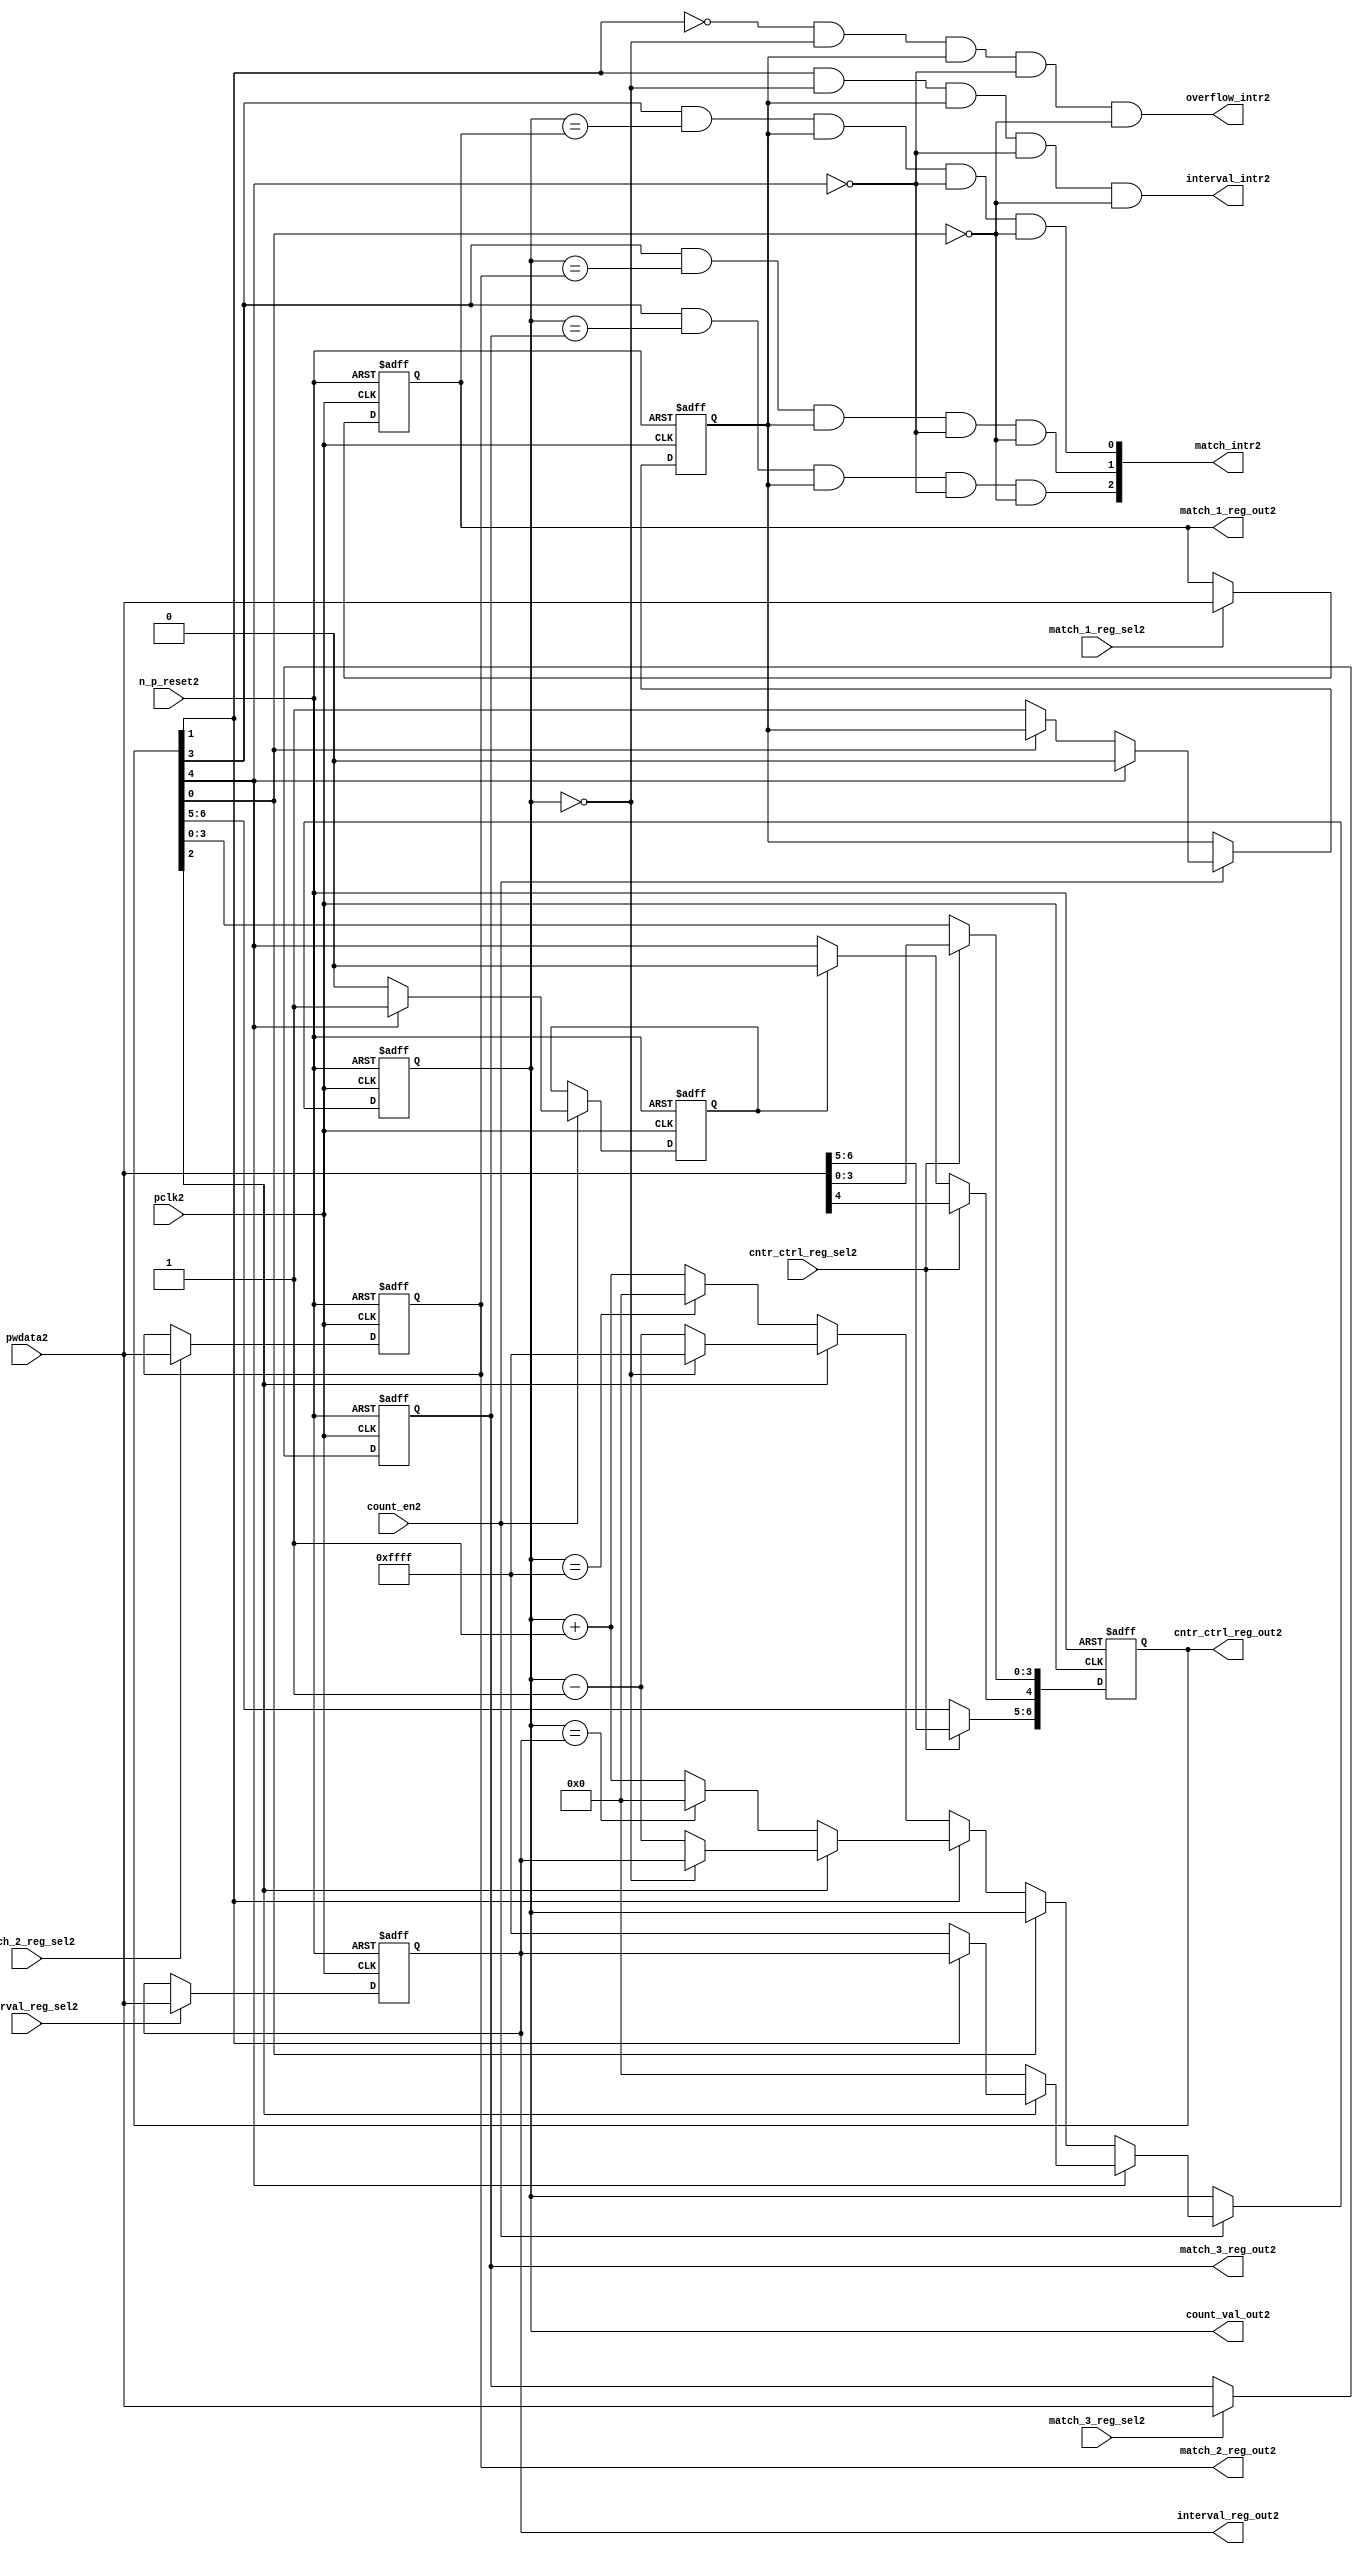
//File2 name   : ttc_counter_lite2.v
//Title2       : 
//Created2     : 1999
//Description2 :The counter can increment and decrement.
//   In increment mode instead of counting2 to its full 16 bit
//   value the counter counts2 up to or down from a programmed2 interval2 value.
//   Interrupts2 are issued2 when the counter overflows2 or reaches2 it's interval2
//   value. In match mode if the count value equals2 that stored2 in one of three2
//   match registers an interrupt2 is issued2.
//Notes2       : 
//----------------------------------------------------------------------
//   Copyright2 1999-2010 Cadence2 Design2 Systems2, Inc2.
//   All Rights2 Reserved2 Worldwide2
//
//   Licensed2 under the Apache2 License2, Version2 2.0 (the
//   "License2"); you may not use this file except2 in
//   compliance2 with the License2.  You may obtain2 a copy of
//   the License2 at
//
//       http2://www2.apache2.org2/licenses2/LICENSE2-2.0
//
//   Unless2 required2 by applicable2 law2 or agreed2 to in
//   writing, software2 distributed2 under the License2 is
//   distributed2 on an "AS2 IS2" BASIS2, WITHOUT2 WARRANTIES2 OR2
//   CONDITIONS2 OF2 ANY2 KIND2, either2 express2 or implied2.  See
//   the License2 for the specific2 language2 governing2
//   permissions2 and limitations2 under the License2.
//----------------------------------------------------------------------
//


module ttc_counter_lite2(

  //inputs2
  n_p_reset2,    
  pclk2,          
  pwdata2,              
  count_en2,
  cntr_ctrl_reg_sel2, 
  interval_reg_sel2,
  match_1_reg_sel2,
  match_2_reg_sel2,
  match_3_reg_sel2,         

  //outputs2    
  count_val_out2,
  cntr_ctrl_reg_out2,
  interval_reg_out2,
  match_1_reg_out2,
  match_2_reg_out2,
  match_3_reg_out2,
  interval_intr2,
  match_intr2,
  overflow_intr2

);


//--------------------------------------------------------------------
// PORT DECLARATIONS2
//--------------------------------------------------------------------

   //inputs2
   input          n_p_reset2;         //reset signal2
   input          pclk2;              //System2 Clock2
   input [15:0]   pwdata2;            //6 Bit2 data signal2
   input          count_en2;          //Count2 enable signal2
   input          cntr_ctrl_reg_sel2; //Select2 bit for ctrl_reg2
   input          interval_reg_sel2;  //Interval2 Select2 Register
   input          match_1_reg_sel2;   //Match2 1 Select2 register
   input          match_2_reg_sel2;   //Match2 2 Select2 register
   input          match_3_reg_sel2;   //Match2 3 Select2 register

   //outputs2
   output [15:0]  count_val_out2;        //Value for counter reg
   output [6:0]   cntr_ctrl_reg_out2;    //Counter2 control2 reg select2
   output [15:0]  interval_reg_out2;     //Interval2 reg
   output [15:0]  match_1_reg_out2;      //Match2 1 register
   output [15:0]  match_2_reg_out2;      //Match2 2 register
   output [15:0]  match_3_reg_out2;      //Match2 3 register
   output         interval_intr2;        //Interval2 interrupt2
   output [3:1]   match_intr2;           //Match2 interrupt2
   output         overflow_intr2;        //Overflow2 interrupt2

//--------------------------------------------------------------------
// Internal Signals2 & Registers2
//--------------------------------------------------------------------

   reg [6:0]      cntr_ctrl_reg2;     // 5-bit Counter2 Control2 Register
   reg [15:0]     interval_reg2;      //16-bit Interval2 Register 
   reg [15:0]     match_1_reg2;       //16-bit Match_12 Register
   reg [15:0]     match_2_reg2;       //16-bit Match_22 Register
   reg [15:0]     match_3_reg2;       //16-bit Match_32 Register
   reg [15:0]     count_val2;         //16-bit counter value register
                                                                      
   
   reg            counting2;          //counter has starting counting2
   reg            restart_temp2;   //ensures2 soft2 reset lasts2 1 cycle    
   
   wire [6:0]     cntr_ctrl_reg_out2; //7-bit Counter2 Control2 Register
   wire [15:0]    interval_reg_out2;  //16-bit Interval2 Register 
   wire [15:0]    match_1_reg_out2;   //16-bit Match_12 Register
   wire [15:0]    match_2_reg_out2;   //16-bit Match_22 Register
   wire [15:0]    match_3_reg_out2;   //16-bit Match_32 Register
   wire [15:0]    count_val_out2;     //16-bit counter value register

//-------------------------------------------------------------------
// Assign2 output wires2
//-------------------------------------------------------------------

   assign cntr_ctrl_reg_out2 = cntr_ctrl_reg2;    // 7-bit Counter2 Control2
   assign interval_reg_out2  = interval_reg2;     // 16-bit Interval2
   assign match_1_reg_out2   = match_1_reg2;      // 16-bit Match_12
   assign match_2_reg_out2   = match_2_reg2;      // 16-bit Match_22 
   assign match_3_reg_out2   = match_3_reg2;      // 16-bit Match_32 
   assign count_val_out2     = count_val2;        // 16-bit counter value
   
//--------------------------------------------------------------------
// Assigning2 interrupts2
//--------------------------------------------------------------------

   assign interval_intr2 =  cntr_ctrl_reg2[1] & (count_val2 == 16'h0000)
      & (counting2) & ~cntr_ctrl_reg2[4] & ~cntr_ctrl_reg2[0];
   assign overflow_intr2 = ~cntr_ctrl_reg2[1] & (count_val2 == 16'h0000)
      & (counting2) & ~cntr_ctrl_reg2[4] & ~cntr_ctrl_reg2[0];
   assign match_intr2[1]  =  cntr_ctrl_reg2[3] & (count_val2 == match_1_reg2)
      & (counting2) & ~cntr_ctrl_reg2[4] & ~cntr_ctrl_reg2[0];
   assign match_intr2[2]  =  cntr_ctrl_reg2[3] & (count_val2 == match_2_reg2)
      & (counting2) & ~cntr_ctrl_reg2[4] & ~cntr_ctrl_reg2[0];
   assign match_intr2[3]  =  cntr_ctrl_reg2[3] & (count_val2 == match_3_reg2)
      & (counting2) & ~cntr_ctrl_reg2[4] & ~cntr_ctrl_reg2[0];


//    p_reg_ctrl2: Process2 to write to the counter control2 registers
//    cntr_ctrl_reg2 decode:  0 - Counter2 Enable2 Active2 Low2
//                           1 - Interval2 Mode2 =1, Overflow2 =0
//                           2 - Decrement2 Mode2
//                           3 - Match2 Mode2
//                           4 - Restart2
//                           5 - Waveform2 enable active low2
//                           6 - Waveform2 polarity2
   
   always @ (posedge pclk2 or negedge n_p_reset2)
   begin: p_reg_ctrl2  // Register writes
      
      if (!n_p_reset2)                                   
      begin                                     
         cntr_ctrl_reg2 <= 7'b0000001;
         interval_reg2  <= 16'h0000;
         match_1_reg2   <= 16'h0000;
         match_2_reg2   <= 16'h0000;
         match_3_reg2   <= 16'h0000;  
      end    
      else 
      begin
         if (cntr_ctrl_reg_sel2)
            cntr_ctrl_reg2 <= pwdata2[6:0];
         else if (restart_temp2)
            cntr_ctrl_reg2[4]  <= 1'b0;    
         else 
            cntr_ctrl_reg2 <= cntr_ctrl_reg2;             

         interval_reg2  <= (interval_reg_sel2) ? pwdata2 : interval_reg2;
         match_1_reg2   <= (match_1_reg_sel2)  ? pwdata2 : match_1_reg2;
         match_2_reg2   <= (match_2_reg_sel2)  ? pwdata2 : match_2_reg2;
         match_3_reg2   <= (match_3_reg_sel2)  ? pwdata2 : match_3_reg2;   
      end
      
   end  //p_reg_ctrl2

   
//    p_cntr2: Process2 to increment or decrement the counter on receiving2 a 
//            count_en2 signal2 from the pre_scaler2. Count2 can be restarted2
//            or disabled and can overflow2 at a specified interval2 value.
   
   
   always @ (posedge pclk2 or negedge n_p_reset2)
   begin: p_cntr2   // Counter2 block

      if (!n_p_reset2)     //System2 Reset2
      begin                     
         count_val2 <= 16'h0000;
         counting2  <= 1'b0;
         restart_temp2 <= 1'b0;
      end
      else if (count_en2)
      begin
         
         if (cntr_ctrl_reg2[4])     //Restart2
         begin     
            if (~cntr_ctrl_reg2[2])  
               count_val2         <= 16'h0000;
            else
            begin
              if (cntr_ctrl_reg2[1])
                 count_val2         <= interval_reg2;     
              else
                 count_val2         <= 16'hFFFF;     
            end
            counting2       <= 1'b0;
            restart_temp2   <= 1'b1;

         end
         else 
         begin
            if (!cntr_ctrl_reg2[0])          //Low2 Active2 Counter2 Enable2
            begin

               if (cntr_ctrl_reg2[1])  //Interval2               
                  if (cntr_ctrl_reg2[2])  //Decrement2        
                  begin
                     if (count_val2 == 16'h0000)
                        count_val2 <= interval_reg2;  //Assumed2 Static2
                     else
                        count_val2 <= count_val2 - 16'h0001;
                  end
                  else                   //Increment2
                  begin
                     if (count_val2 == interval_reg2)
                        count_val2 <= 16'h0000;
                     else           
                        count_val2 <= count_val2 + 16'h0001;
                  end
               else    
               begin  //Overflow2
                  if (cntr_ctrl_reg2[2])   //Decrement2
                  begin
                     if (count_val2 == 16'h0000)
                        count_val2 <= 16'hFFFF;
                     else           
                        count_val2 <= count_val2 - 16'h0001;
                  end
                  else                    //Increment2
                  begin
                     if (count_val2 == 16'hFFFF)
                        count_val2 <= 16'h0000;
                     else           
                        count_val2 <= count_val2 + 16'h0001;
                  end 
               end
               counting2  <= 1'b1;
            end     
            else
               count_val2 <= count_val2;   //Disabled2
   
            restart_temp2 <= 1'b0;
      
         end
     
      end // if (count_en2)

      else
      begin
         count_val2    <= count_val2;
         counting2     <= counting2;
         restart_temp2 <= restart_temp2;               
      end
     
   end  //p_cntr2

endmodule